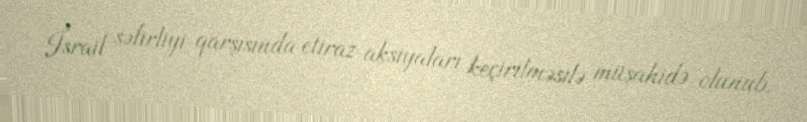
İsrail səfirliyi qarşısında etiraz aksiyaları keçirilməsilə müşahidə olunub.